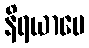
နိရယာပေ